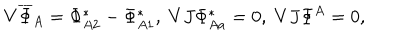
V \overline { { { \Phi } } } _ { A } = \Phi _ { A 2 } ^ { * } - \Phi _ { A 1 } ^ { * } , \; V J \Phi _ { A a } ^ { * } = 0 , \; V J \Phi ^ { A } = 0 ,